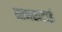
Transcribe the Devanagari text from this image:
नानखटाई